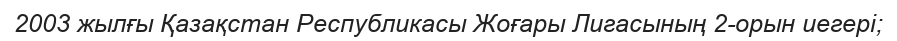
2003 жылғы Қазақстан Республикасы Жоғары Лигасының 2-орын иегері;